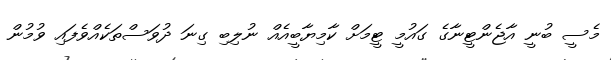
މެސީ ބުނީ އާޖެންޓީނާގެ ގައުމީ ޓީމަށް ކާމިޔާބީއެއް ނުލިބި ގިނަ ދުވަސްތަކެއްވެފައި ވުމުން